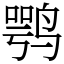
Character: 鹗